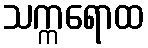
သက္ကရောထ